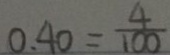
0 . 4 0 = \frac { 4 } { 1 0 0 }